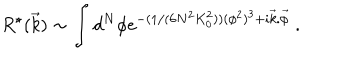
R ^ { \star } ( \vec { k } ) \sim \int d ^ { N } \phi \mathrm { e } ^ { - ( 1 / ( 6 N ^ { 2 } K _ { 0 } ^ { 2 } ) ) ( \phi ^ { 2 } ) ^ { 3 } + i \vec { k } . \vec { \phi } } \ .